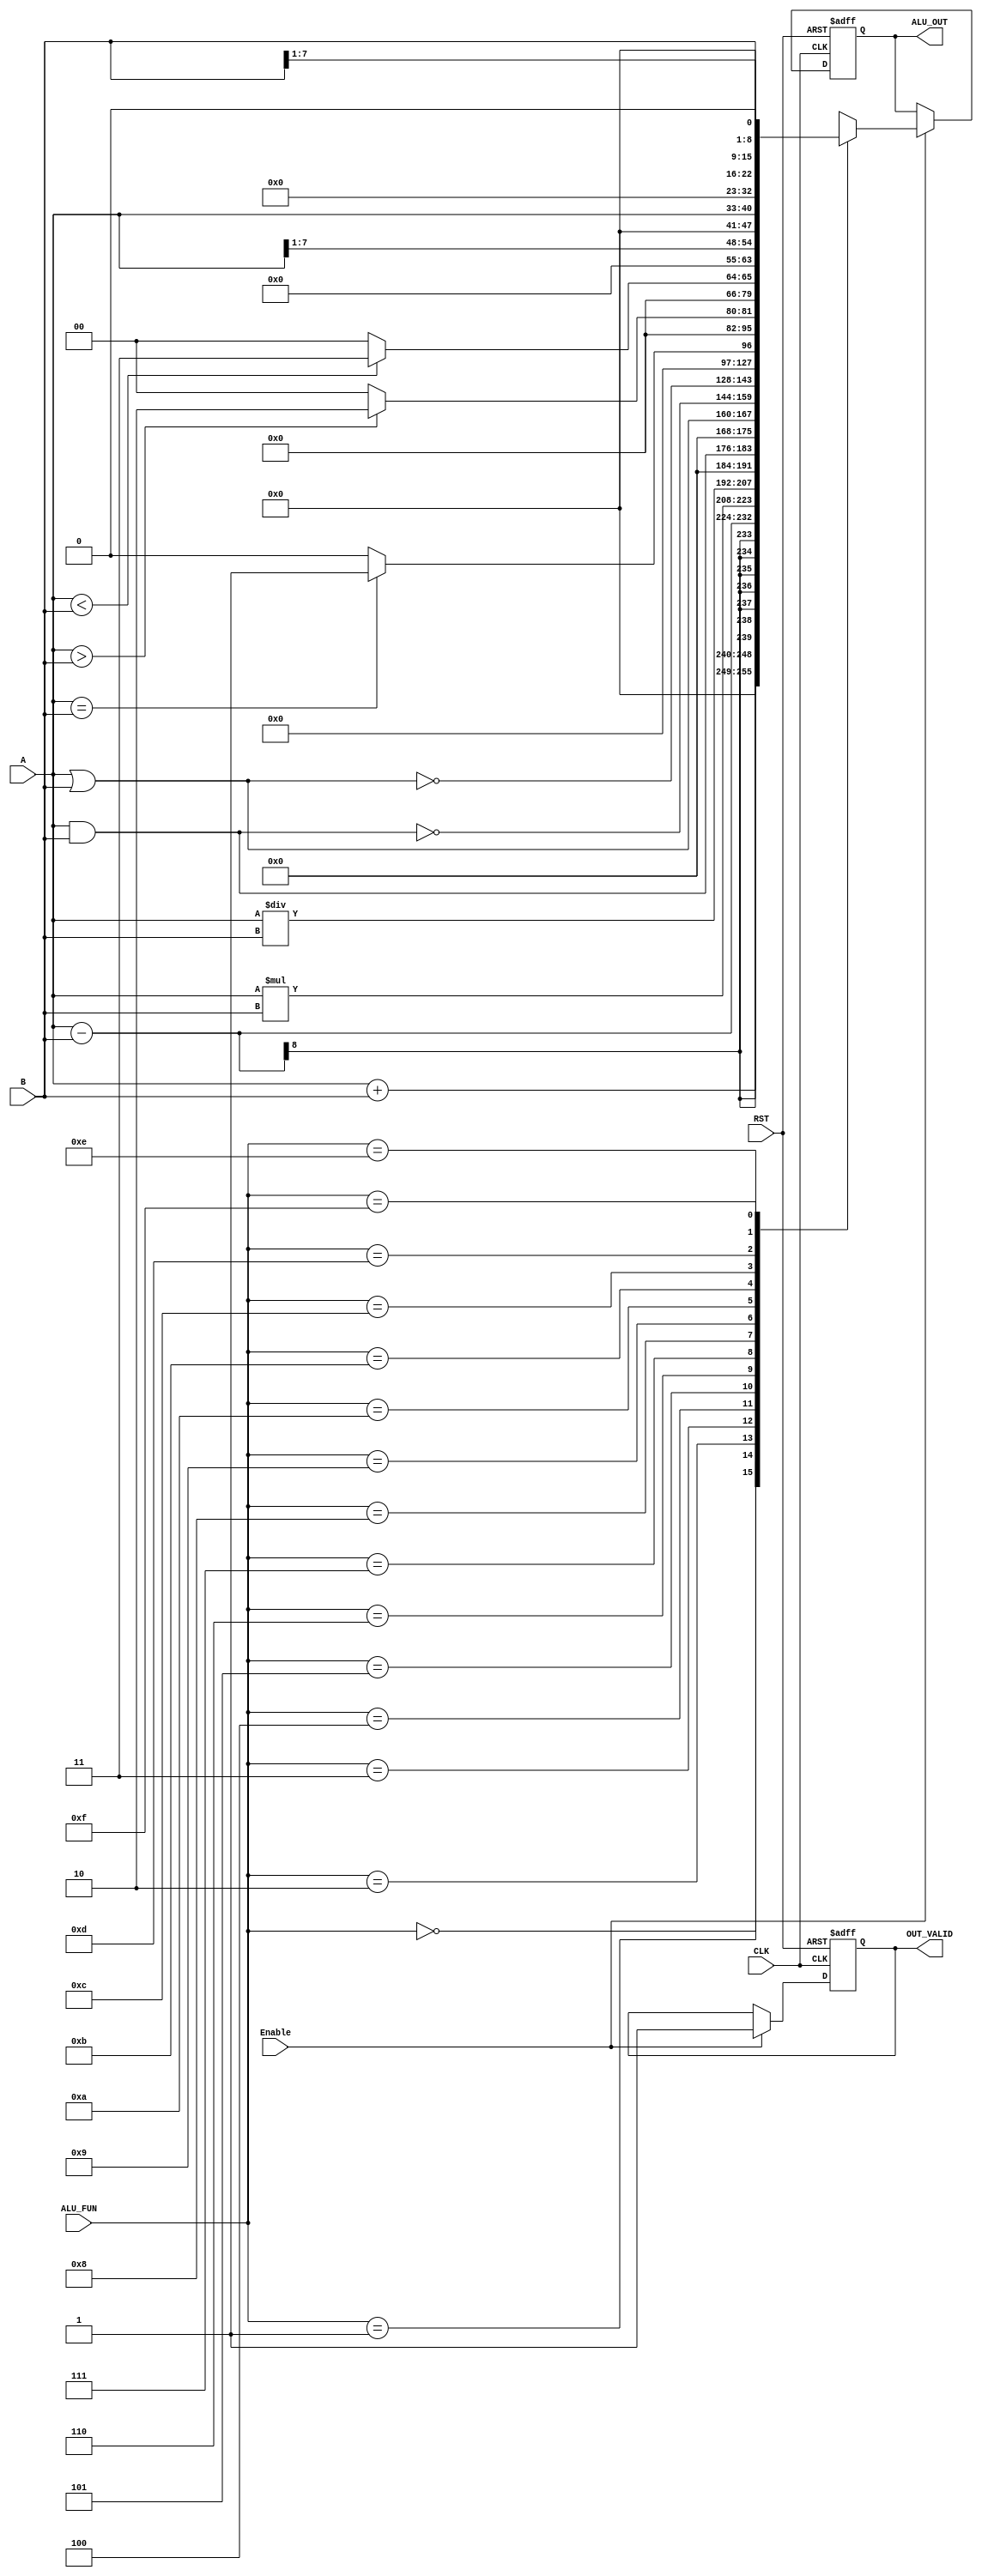

module ALU  #( parameter  OPRND_WIDTH = 8, OUT_WIDTH = 2 * OPRND_WIDTH, CTRL_WIDTH = 4)
  ( input   wire                     CLK          ,   // Clock Signal
    input   wire                     RST          ,   // Active Low Reset
    input   wire                     Enable       ,   // ALU Enable
    input   wire  [OPRND_WIDTH-1:0]  A            ,   // Operand A
    input   wire  [OPRND_WIDTH-1:0]  B            ,   // Operand B
    input   wire  [ CTRL_WIDTH-1:0]  ALU_FUN      ,   // ALU Function
    output  reg   [  OUT_WIDTH-1:0]  ALU_OUT      ,   // ALU Result
    output  reg                      OUT_VALID    );  // ALU Result Valid
  
  // calculated result
  reg [OUT_WIDTH-1:0] ALU_RESULT;
  
  // combinational always block implementing gate-level ALU
  always @(*)
  begin
    if(Enable)
      case(ALU_FUN)
      // arithmatic cases     
        4'b0000:  ALU_RESULT = A + B;   // adition   
        4'b0001:  ALU_RESULT = A - B;   // subtraction
        4'b0010:  ALU_RESULT = A * B;   // multiplication
        4'b0011:  ALU_RESULT = A / B;   // division

      // logical cases   
        4'b0100:  ALU_RESULT = A & B;     // AND           
        4'b0101:  ALU_RESULT = A | B;     // OR  
        4'b0110:  ALU_RESULT = ~(A & B);  // NAND
        4'b0111:  ALU_RESULT = ~(A | B);  // NOR 

      // comparsion cases  
        4'b1000:  ALU_RESULT = 'b0;
        4'b1001:  ALU_RESULT = (A==B)? 'd1:'d0;
        4'b1010:  ALU_RESULT =  (A>B)? 'd2:'d0;
        4'b1011:  ALU_RESULT =  (A<B)? 'd3:'d0;

      // shift operation cases
        4'b1100:  ALU_RESULT = A>>1;    // shift A right
        4'b1101:  ALU_RESULT = A<<1;    // shift A left
        4'b1110:  ALU_RESULT = B>>1;    // shift B right
        4'b1111:  ALU_RESULT = B<<1;    // shift B left

        default:  ALU_RESULT = 'b0;
      endcase
    else
      ALU_RESULT = 'b0;
  end

  // registering the alu out
  always @(posedge CLK or negedge RST)
  begin
    if(!RST)
      begin
        ALU_OUT   <= 'b0;
        OUT_VALID <= 1'b0;
      end
    else if(Enable)
      begin
        ALU_OUT   <= ALU_RESULT;
        OUT_VALID <= 1'b1;
      end
  end 
endmodule